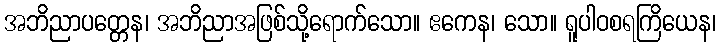
အဘိညာပတ္တေန၊ အဘိညာအဖြစ်သို့ရောက်သော။ ဧကေန၊ သော။ ရူပါဝစရကြိယေန၊